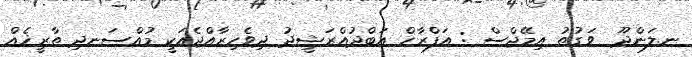
ނ.ލަންދޫ  ވަގުތު އިމޭޖްސް : އަފްރާހް އަބްދުއްރަޝީދު ދިވެހިރާއްޖެއަކީ މުއްސަނދި ތާރީޚެއް